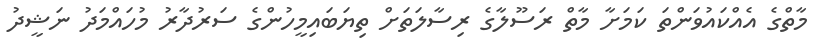
މާތްގެ އެއްކައުވަންތަ ކަމަށާ މާތް ރަސޫލާގެ ރިސާލަތަށް ތިޔަބައިމީހުންގެ ސަރުދާރު މުހައްމަދު ނަޝީދު